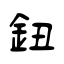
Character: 鈕